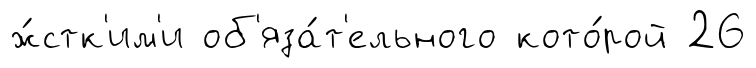
ж́стк'им'и об'яза́т'ельного кото́рой 26